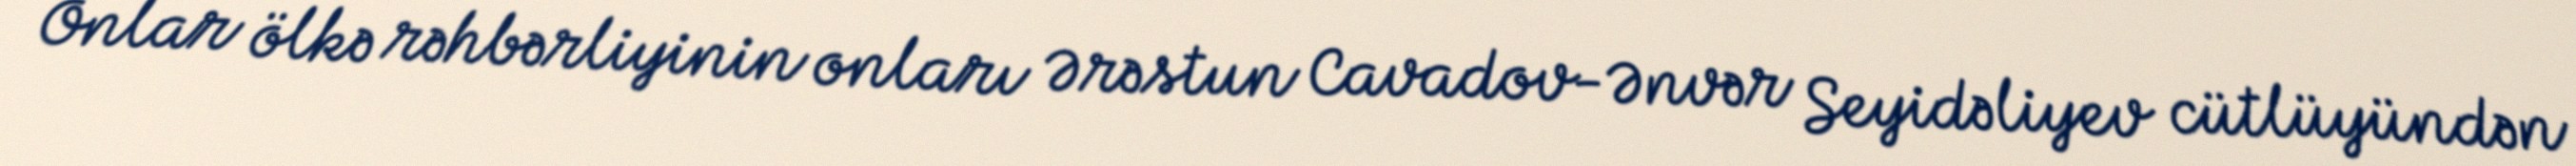
Onlar ölkə rəhbərliyinin onları Ərəstun Cavadov-Ənvər Seyidəliyev cütlüyündən